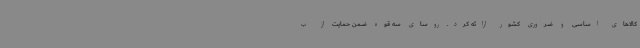
کالاهای اساسی و ضروری کشور ارائه کرد. روسای سه قوه ضمن حمایت از ب